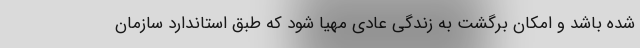
شده باشد و امکان برگشت به زندگی عادی مهیا شود که طبق استاندارد سازمان